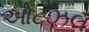
ઓટઝલ